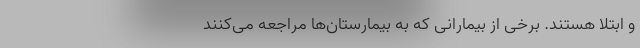
و ابتلا هستند. برخی از بیمارانی که به بیمارستان‌ها مراجعه می‌کنند